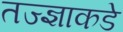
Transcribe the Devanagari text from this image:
तज्‍ज्ञाकडे